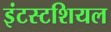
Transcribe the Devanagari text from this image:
इंटस्टशियल